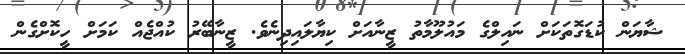
ޝާޔަން ކުޑަގޮތަކަށް ނައިލްގެ މައުލޫމާތު ޒީނާއަށް ކިޔާލައިދިނެވެ. ޒީނާބޭރު ކުއްޖެއް ކަމަށް ހީކޮށްގެން